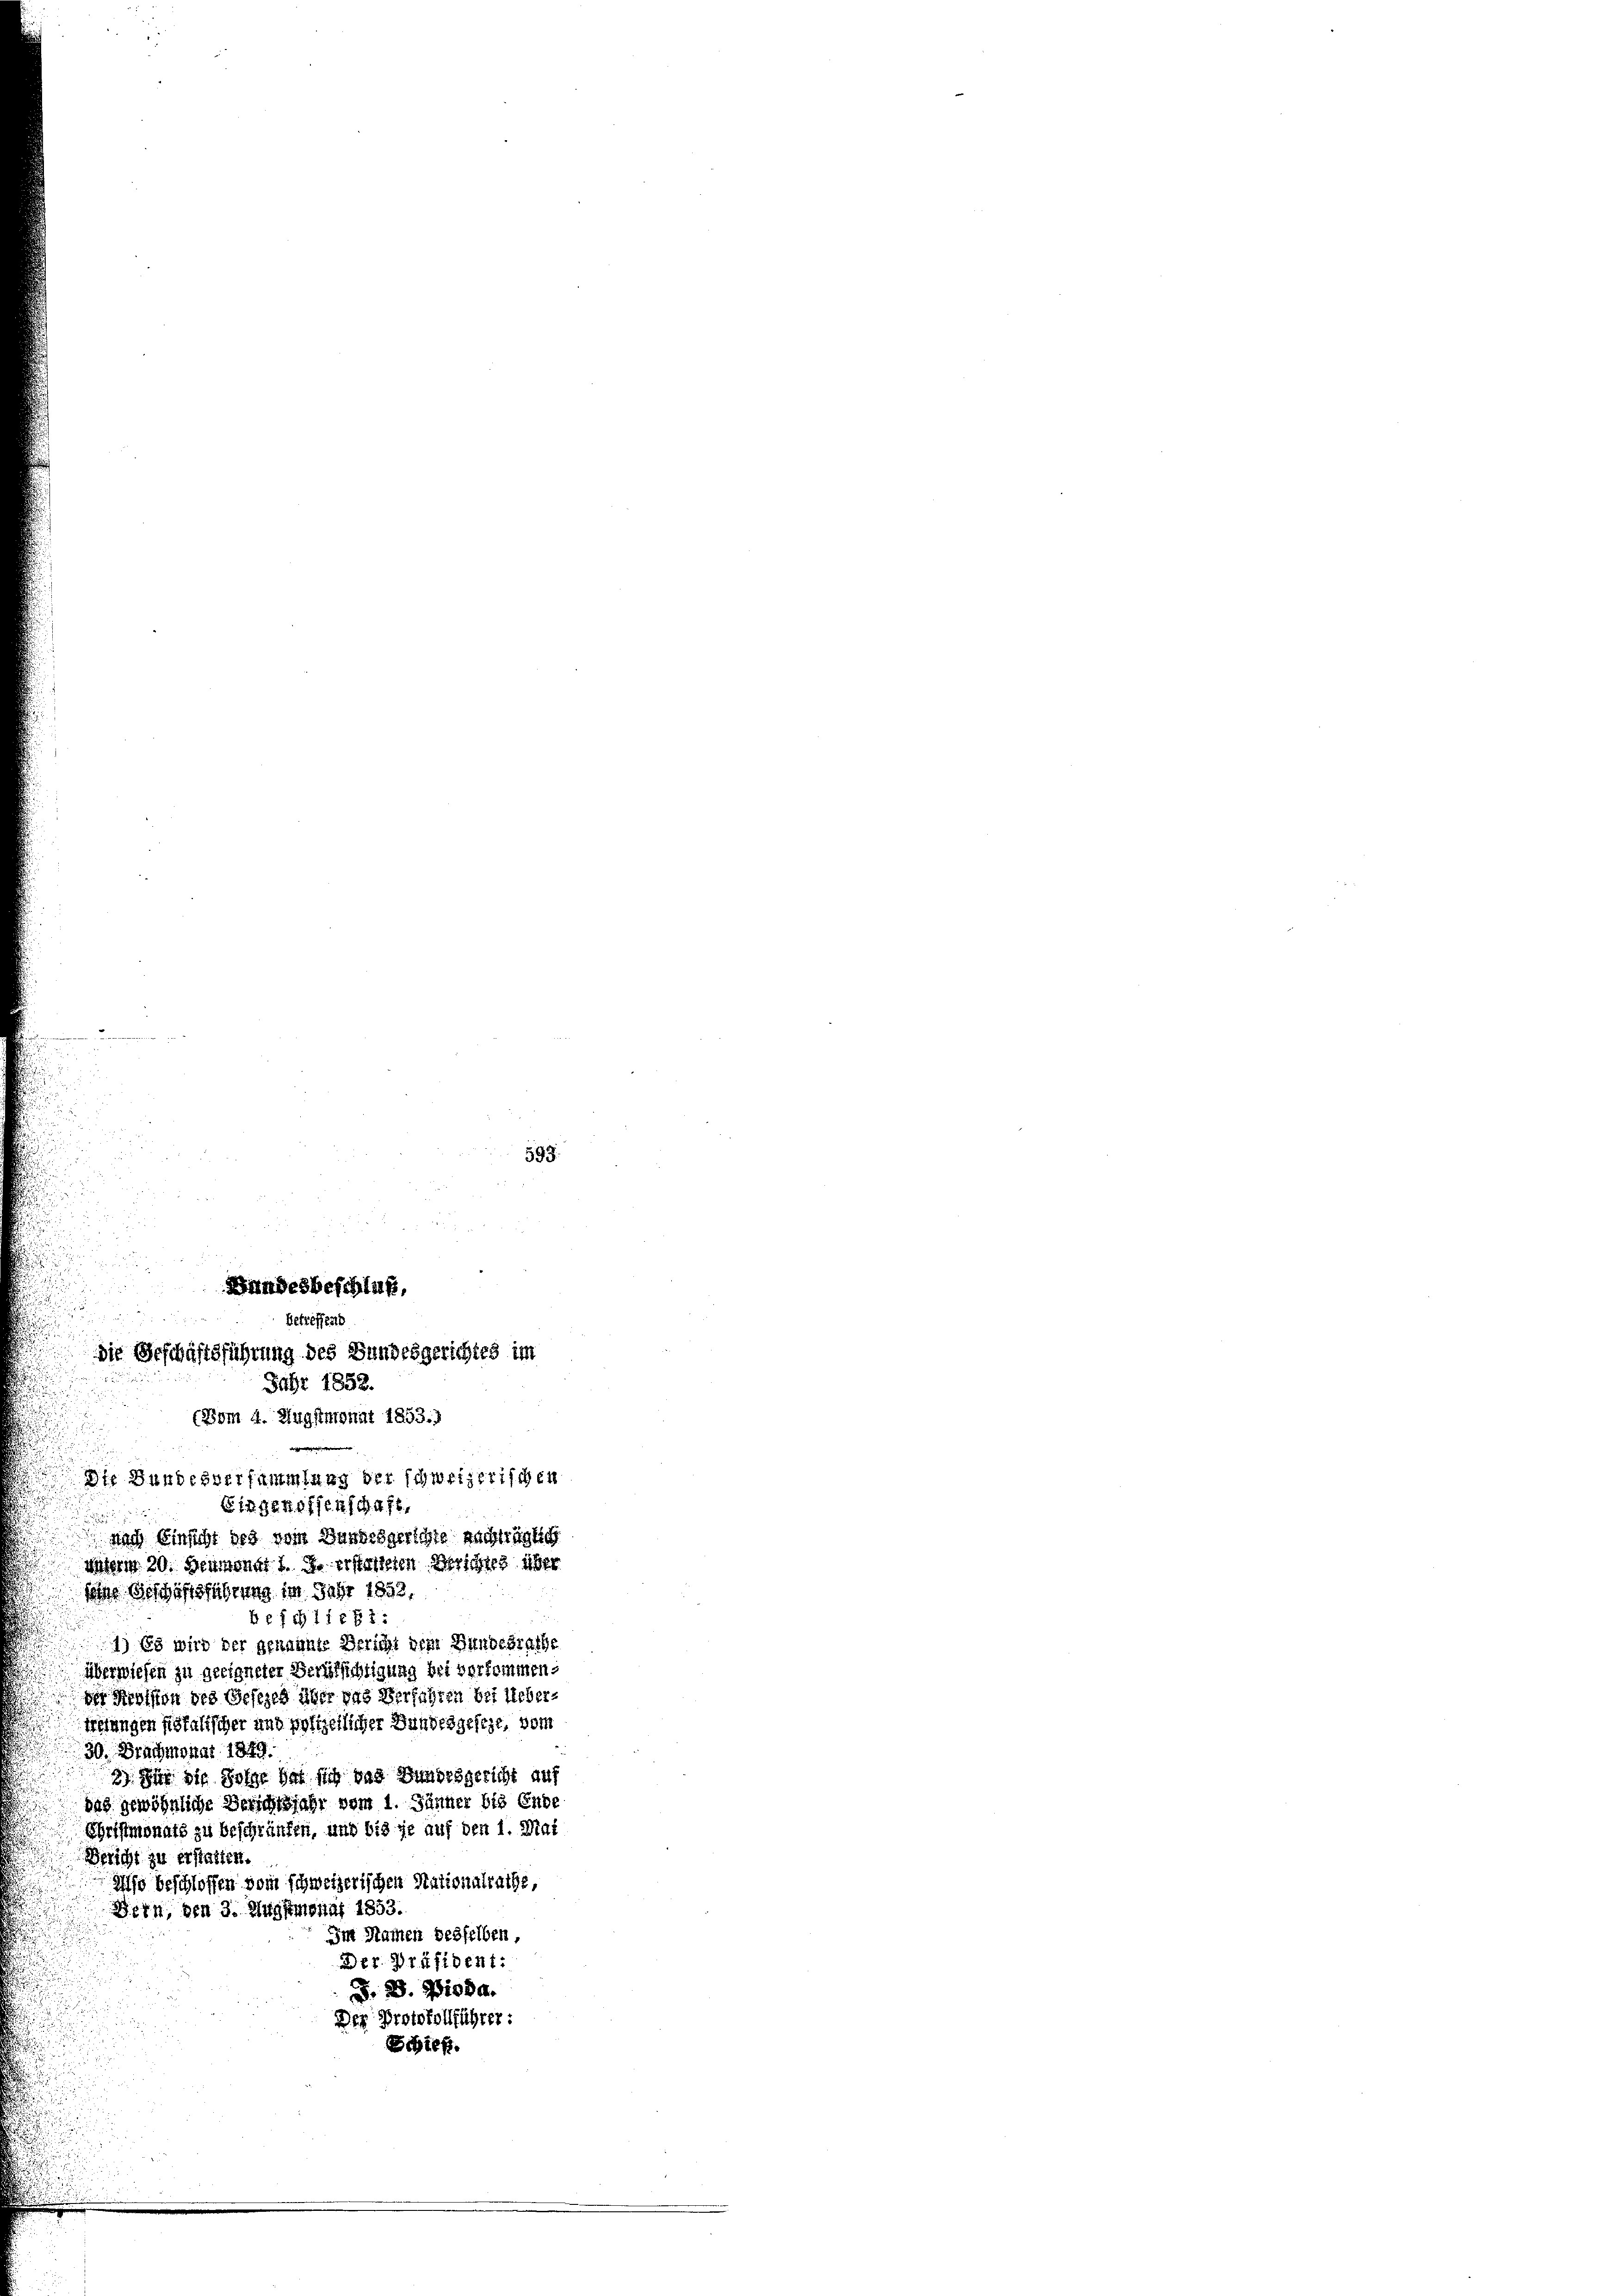
593.
Bundesbeschluß,
Betreffend
u
die Geschäftsführung des Bundesgerichtes im
Jahr 1852.
(Vom d. Augstmonat 1853.
Die Bundesversammlung der schweizerischen
Eingenoffenschaft,

nach Einsicht des vom Handesgerichte nachträglich
nterm 20. Heumonat 1. d. erstehenen Verschied über
sohne Geschäftsführung im Jahr 1852,
Befchließt:
1) Es wird der genannte Bericht dem Hundesrathe
überwiesen zu geeigneter Berufsichtigung bei verkommen.
der Revision des Gesezes über das Verfahren bei Ueberfreiungen köfalischer und polizeilicher Handesgeseze, vom
30. Brachmonat 1849.
3) Für die Sohne hat sich das Bundesgericht auf
das gewöhnliche Berichtsjahr vom 1. Jänner bis Ende
Schriftmonats zu beschränken, und bis je auf den 1. Mai
Bericht zu erstatten.
Also beschlossen vom schweizerischen Nationalrathe,
Bern, den 3. Augstmonat 1853.
Im Namen desselben,
aer Präsident:
F. S. 21084.
Der Protokollführer:
Schieß.